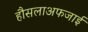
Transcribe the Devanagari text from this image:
हौसलाअफजाई